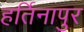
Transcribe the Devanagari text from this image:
हर्तिनापुर